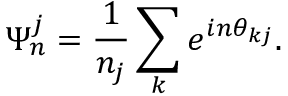
\Psi _ { n } ^ { j } = \frac { 1 } { n _ { j } } \sum _ { k } e ^ { i n \theta _ { k j } } .